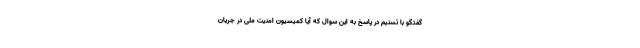
گفتگو با تسنیم در پاسخ به این سوال که آیا کمیسیون امنیت ملی در جریان